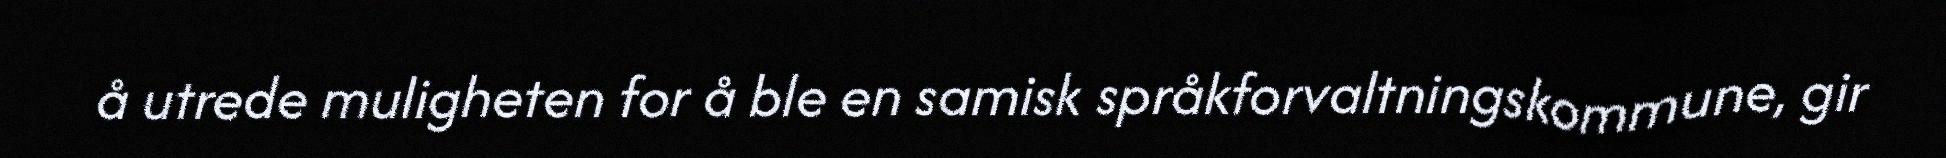
å utrede muligheten for å ble en samisk språkforvaltningskommune, gir